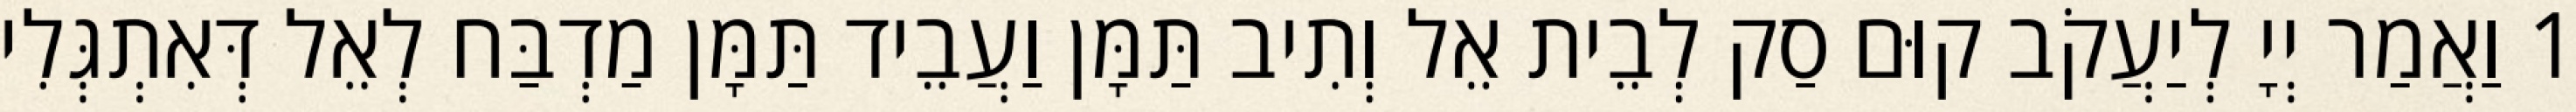
1 וַאֲמַר יְיָ לְיַעֲקֹב קוּם סַק לְבֵית אֵל וְתִיב תַּמָּן וַעֲבֵיד תַּמָּן מַדְבַּח לְאֵל דְּאִתְגְּלִי